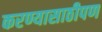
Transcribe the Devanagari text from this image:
करण्यासाठीपण